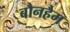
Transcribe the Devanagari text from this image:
बौनहैम